Plague in India, 1896, 1897 - Volume 1
Year: 1896
Disease focus: Plague
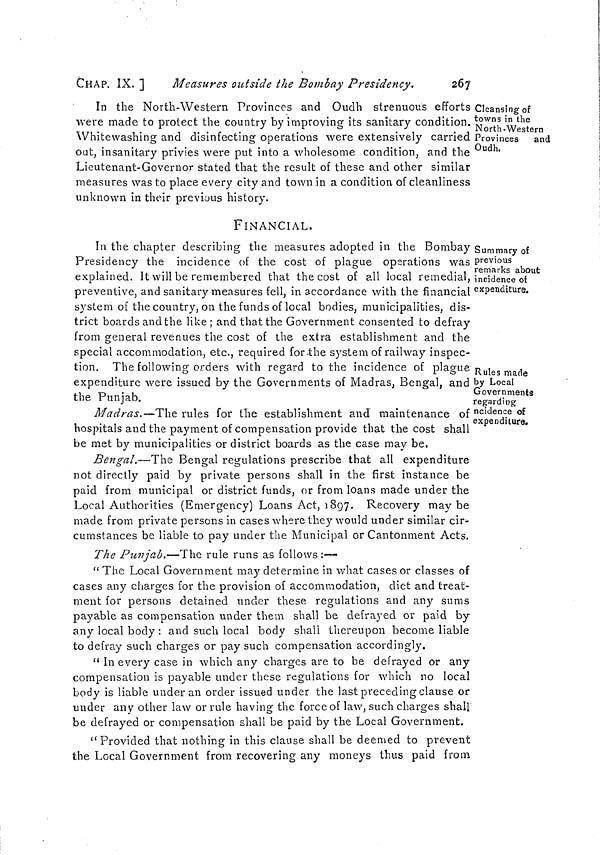
CHAP. IX. ]
Measures outside the Bombay Presidency.
267
Cleansing of
towns in the
North-Western
Provinces and
Oudh.
In the North-Western Provinces and Oudh strenuous efforts
were made to protect the country by improving its sanitary condition.
Whitewashing and disinfecting operations were extensively carried
out, insanitary privies were put into a wholesome condition, and the
Lieutenant-Governor stated that the result of these and other similar
measures was to place every city and town in a condition of cleanliness
unknown in their previous history.
FINANCIAL.
Summary of
previous
remarks about
incidence of
expenditure.
Rules made
by Local
Governments
regarding
ncidence of
expenditure.
In the chapter describing the measures adopted in the Bombay
Presidency the incidence of the cost of plague operations was
explained. It will be remembered that the cost of all local remedial,
preventive, and sanitary measures fell, in accordance with the financial
system of the country, on the funds of local bodies, municipalities, dis-
trict boards and the like ; and that the Government consented to defray
from general revenues the cost of the extra establishment and the
special accommodation, etc., required for the system of railway inspec-
tion. The following orders with regard to the incidence of plague
expenditure were issued by the Governments of Madras, Bengal, and
the Punjab.
Madras.—The rules for the establishment and maintenance of
hospitals and the payment of compensation provide that the cost shall
be met by municipalities or district boards as the case may be.
Bengal.—The Bengal regulations prescribe that all expenditure
not directly paid by private persons shall in the first instance be
paid from municipal or district funds, or from loans made under the
Local Authorities (Emergency) Loans Act, 1897. Recovery may be
made from private persons in cases where they would under similar cir-
cumstances be liable to pay under the Municipal or Cantonment Acts.
The Punjab.—The rule runs as follows :—
" The Local Government may determine in what cases or classes of
cases any charges for the provision of accommodation, diet and treat-
ment for persons detained under these regulations and any sums
payable as compensation under them shall be defrayed or paid by
any local body : and such local body shall thereupon become liable
to defray such charges or pay such compensation accordingly.
" In every case in which any charges are to be defrayed or any
compensation is payable under these regulations for which no local
body is liable under an order issued under the last preceding clause or
under any other law or rule having the force of law, such charges shall
be defrayed or compensation shall be paid by the Local Government.
"Provided that nothing in this clause shall be deemed to prevent
the Local Government from recovering any moneys thus paid from